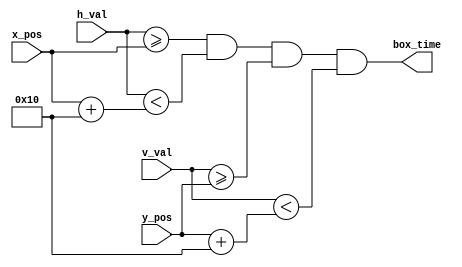
`timescale 1ns / 1ps

/*
	Creates a pulse that is asserted when the VGA controller is inside 
	valid display 16 X 16 box for a character to be put on screen
	
	x_pos ~ h_val
	y_pos ~ v_val
*/

module pulse_indicator
(
	input [9:0] h_val,
	input [9:0] v_val,
	input [9:0] x_pos,
	input [9:0] y_pos,
	output box_time
);

//defines a 16 x 16 box for displaying ROM data 
assign box_time = ((h_val >= x_pos) && (h_val < (x_pos + 10'd16)) && (v_val >= y_pos) && (v_val < (y_pos + 10'd16)));

endmodule